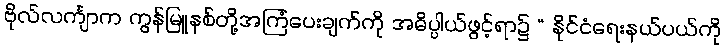
ဗိုလ်လင်္ကျာက ကွန်မြူနစ်တို့အကြံပေးချက်ကို အဓိပ္ပါယ်ဖွင့်ရာ၌ “ နိုင်ငံရေးနယ်ပယ်ကို